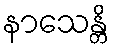
နာသေန္တိ